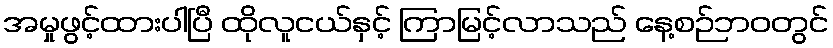
အမှုဖွင့်ထားပါပြီ ထိုလူငယ်နှင့် ကြာမြင့်လာသည် နေ့စဉ်ဘ၀တွင်